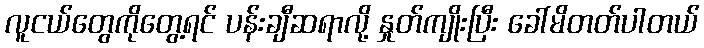
လူငယ်တွေကိုတွေ့ရင် ပန်းချီဆရာလို့ နှုတ်ကျိုးပြီး ခေါ်မိတတ်ပါတယ်